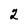
Character: 2